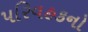
પરિવહકનો